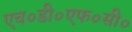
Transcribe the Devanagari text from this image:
एच०डी०एफ०सी०